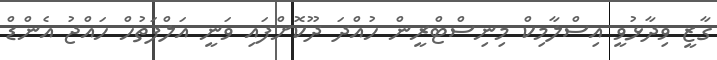
ގާޒީ ވިދާޅުވީ އިސްލާމިކް މިނިސްޓްރީން ހުއްދަ ދޫކޮށްފައި ވަނީ އަލްފަތުހް ހައްޖު އެންޑް